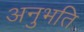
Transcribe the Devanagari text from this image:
अनुभति